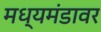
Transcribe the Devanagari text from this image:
मध्यमंडावर